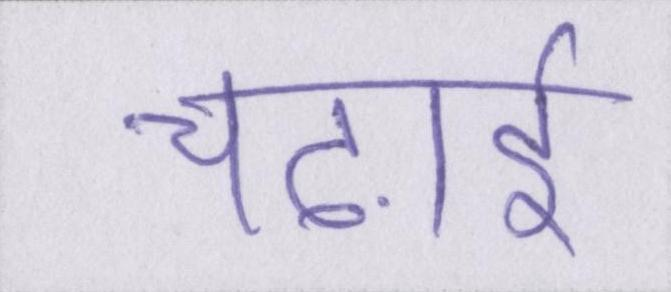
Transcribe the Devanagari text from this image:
चढ़ाई